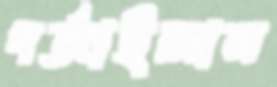
গর্‌জাইলাম